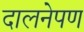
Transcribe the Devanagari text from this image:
दालनेपण